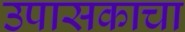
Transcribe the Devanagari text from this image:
उपासकाचा